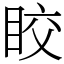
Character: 𥅟